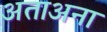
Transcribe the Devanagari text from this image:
अताअना